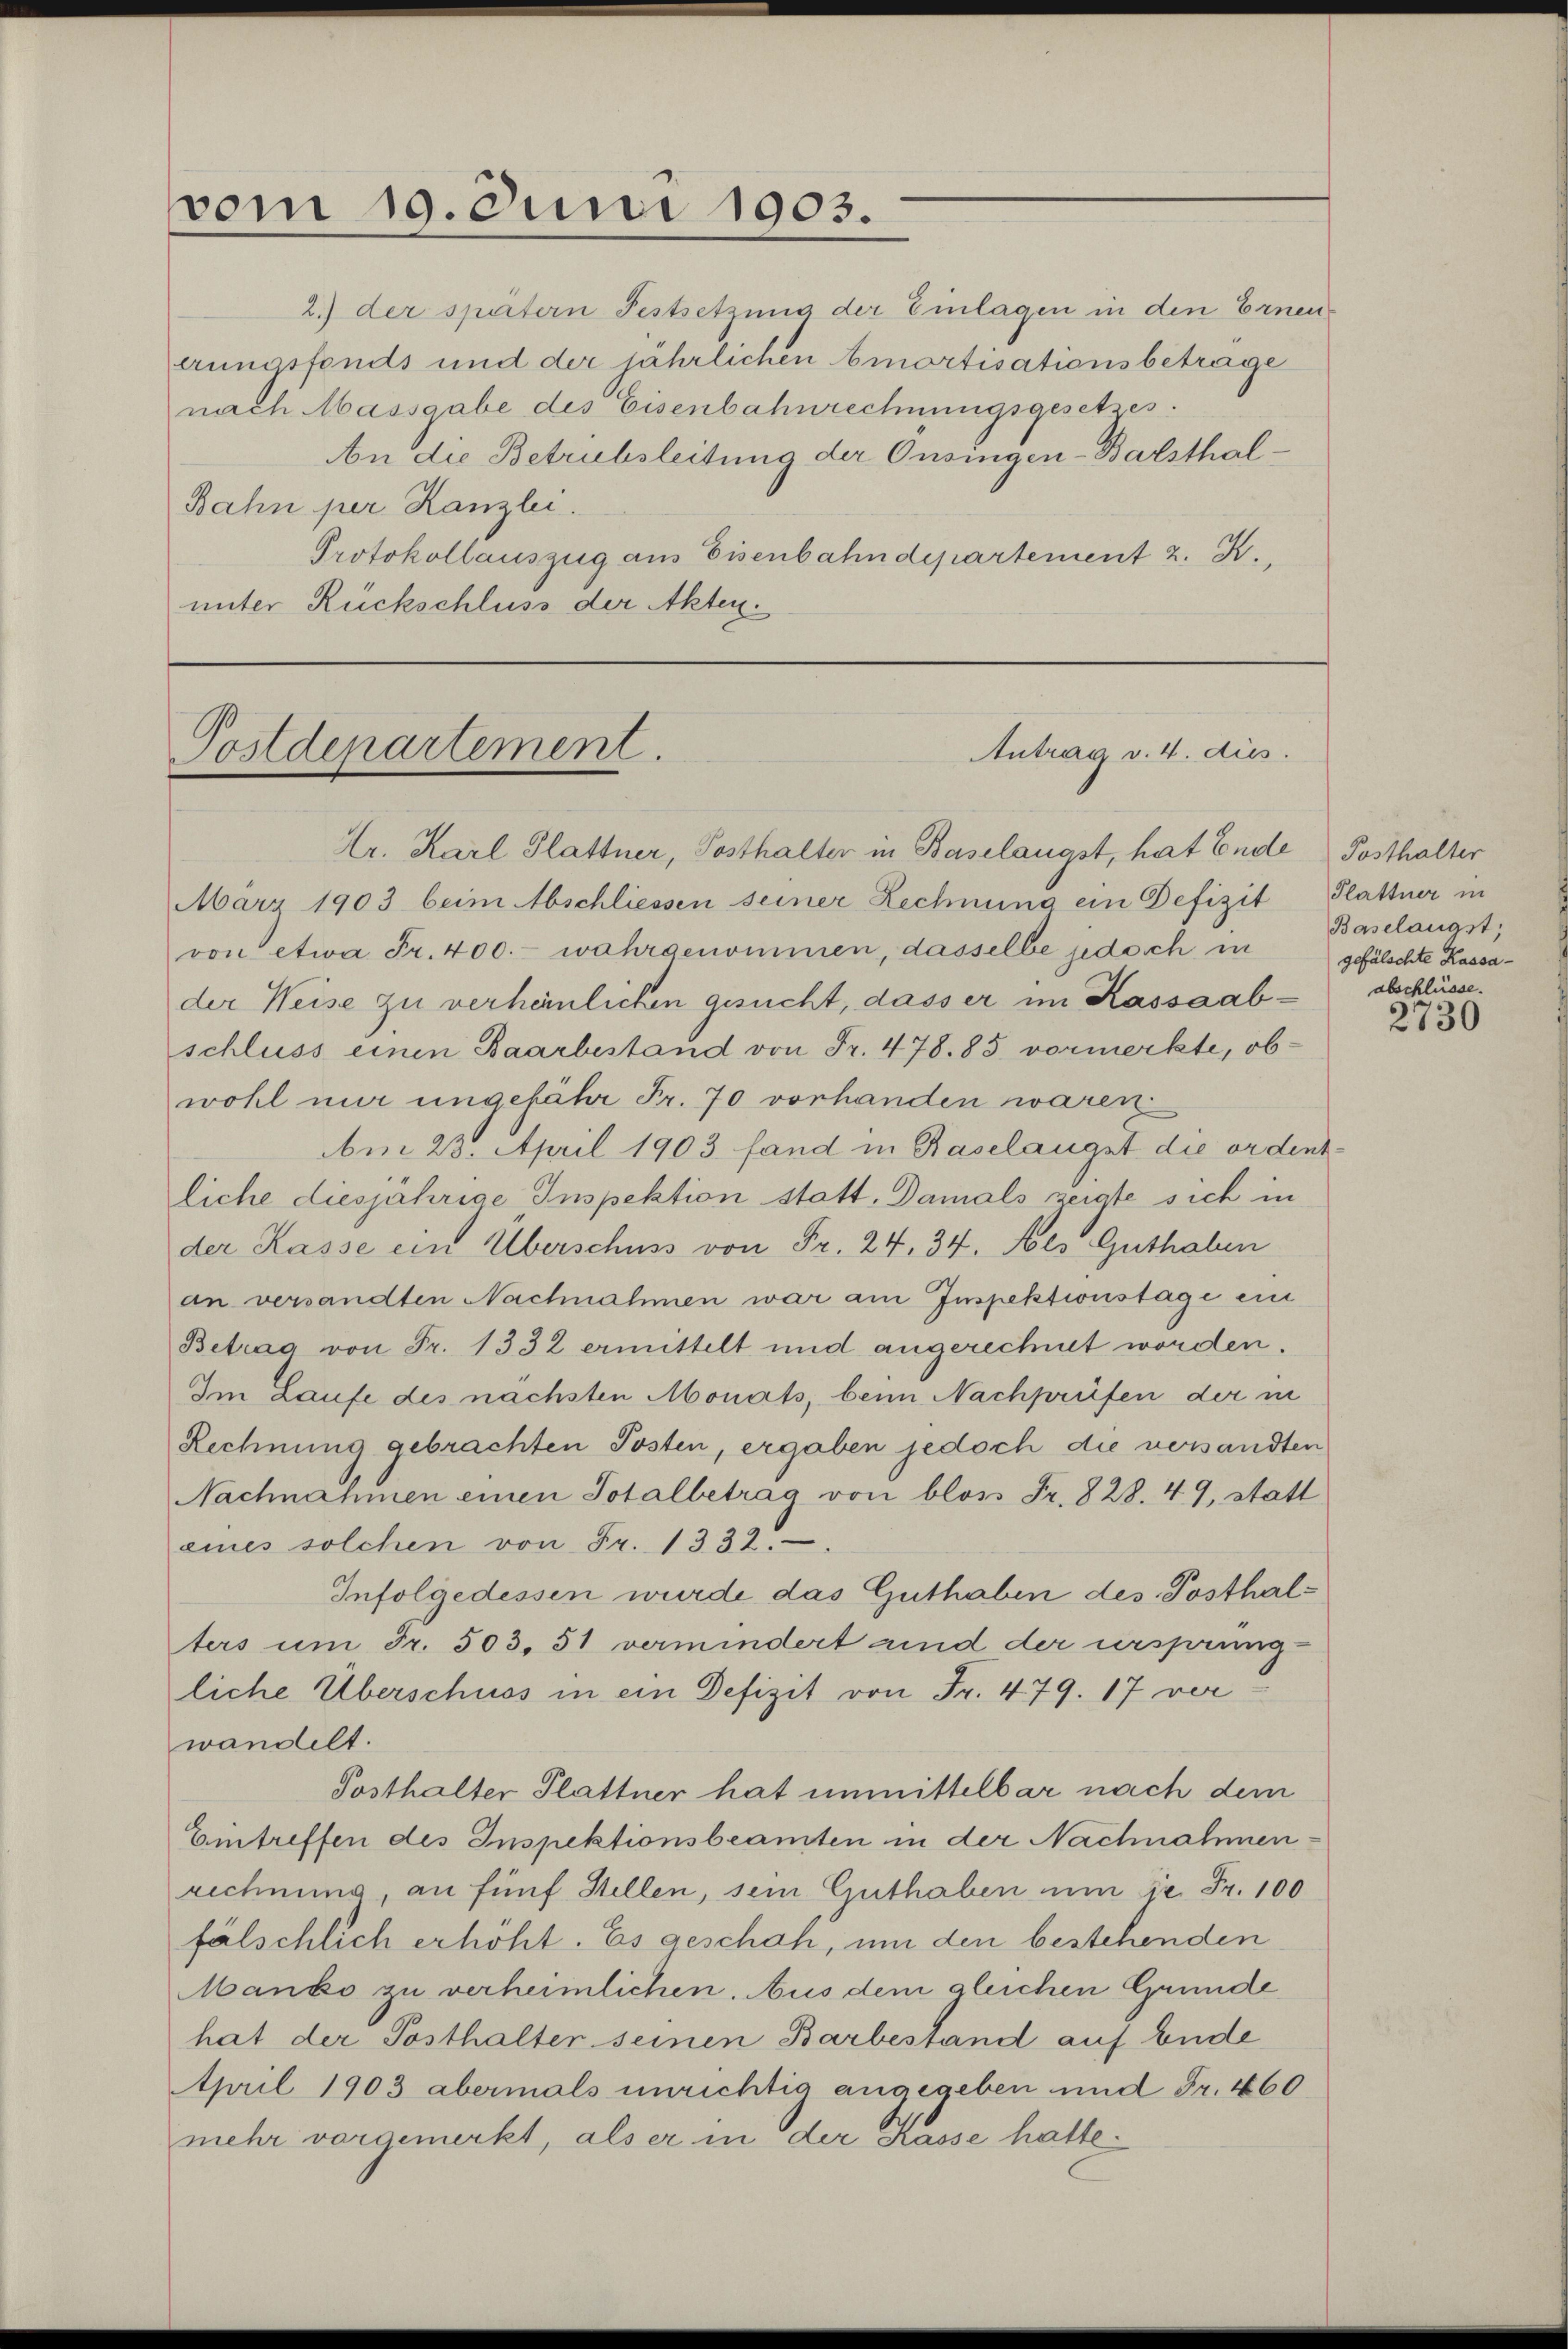
vom 19. Juni 1903.

Postdepartement.

2.) der spätern Festsetzung der Einlagen in den Erneuerungsfonds und der jährlichen Amortisationsbetrage
nach Massgabe des Eisenbahnrechnungsgesetzes.
An die Betrubsleitung der Onsingen-Balsthal¬
Bahn per Kanzlei.
Protokollauszug aus Eisenbahndepartement z. R.,
unter Rückschluss der Akten.

Antrag v. 4. dies

Ar. Karl Glattner, Posthalter in Baselangst, hat Ende Posthalter
März 1903 beim Abschliessen seiner Rechnung ein Defizit Plattner in
von etwa Fr. 400.- wahrgenommen, dasselbe jedoch in
der Weise zu verheinlichen gesucht, dasser im Kassaabschluss einen Baarbestand von Fr. 478. 85 vormerkte, obwohl mir ungefähr Fr. 70 vorhanden waren
m 23. April 1903 fand in Baselangst die ordentliche diesjährige Inspektion statt. Damals zeigte sich in
der Kasse ein Überschuss von Fr. 24, 34. Als Guthaben
an versandten Nachnahmen war am Inspektionstage ein
Betrag von Fr. 1332 ermittelt und angerechnet worden.
Im Laufe des nächsten Monats, beim Nachprüfen der in
Rechnung gebrachten Posten, ergaben jedoch die versandten
Nachnahmen einen Totalbetrag von bloss Fr. 828. 49, statt
eines solchen von Fr. 1332.
Infolgedessen wurde das Guthaben des Posthalters um Fr. 503. 51 vermindert sind der ursprung
liche Überschuss in ein Defizit von Fr. 479. 17 verwandelt.
Posthalter Plattner hat unmittelbar nach dem
Emtreffen des Inspektionsbeamten in der Nachnahmen-
rechnung, an fünf Stellen, sein Guthaben um Dr. Fr. 100
fälschlich erhöht. Es geschah, um den bestehenden
Manko zu verheimlichen. Aus dem gleichen Grunde
hat der Posthalter seinen Barbestand auf Ende
April 1903 abermals unrichtig angegeben und Fr. 460
mehr vorgemerkt, als er in der Kasse hatte.

Baselangst,
gefälschte Kassaabschlüsse.

2730